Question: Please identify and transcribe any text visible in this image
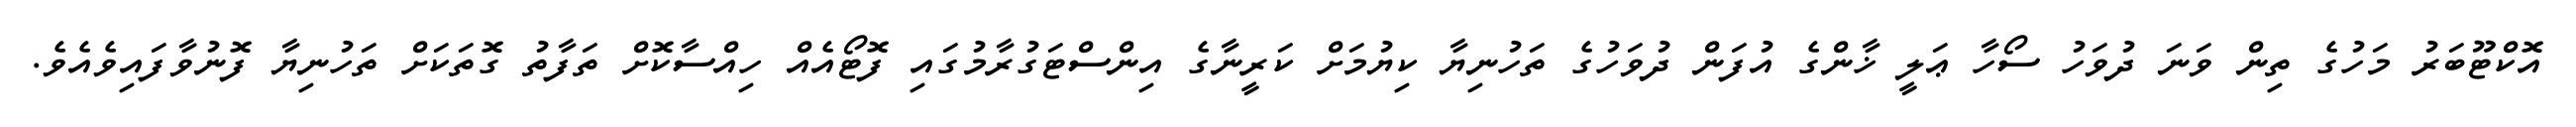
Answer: އޮކްޓޫބަރު މަހުގެ ތިން ވަނަ ދުވަހު ސޯހާ ޢަލީ ޚާންގެ އުފަން ދުވަހުގެ ތަހުނިޔާ ކިޔުމަށް ކަރީނާގެ އިންސްޓަގުރާމުގައި ފޮޓޯއެއް ހިއްސާކޮށް ތަފާތު ގޮތަކަށް ތަހުނިޔާ ފޮނުވާފައިވެއެވެ.